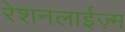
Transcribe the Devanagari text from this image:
रेशनलाईज़्म